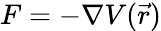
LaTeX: F=-\nabla V({\vec{r}})